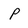
Character: P